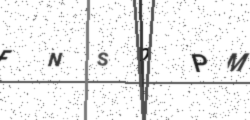
Text: FNSOPM